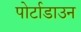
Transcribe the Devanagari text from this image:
पोर्टाडाउन